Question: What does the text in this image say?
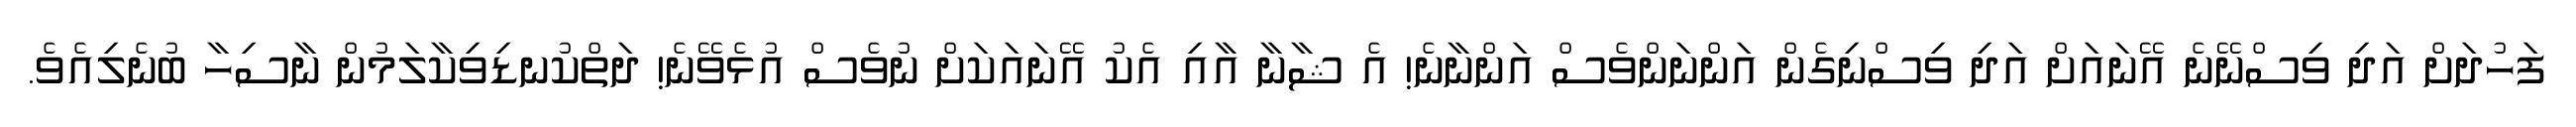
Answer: ފަހުދަށް އަދި ވިސްނޭނެ އޭނައަށް އަދި ވިސްނިގެން އަންނަންވެސް އަންނާނެ! އެ ޝާނާ އާއި އެކު އޭނައަކަށް ނުވެސް އުޅެވޭނެ! ދަތްކުނޑިވިކާލަމުން ނާސިހާ ބުނެލިއެވެ.